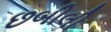
છબીલી